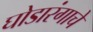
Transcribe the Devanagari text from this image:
घोडारंगाचे